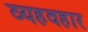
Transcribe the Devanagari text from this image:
व्यहवहार